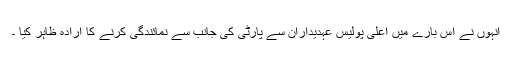
انہوں نے اس بارے میں اعلیٰ پولیس عہدیداران سے پارٹی کی جانب سے نمائندگی کرنے کا ارادہ ظاہر کیا ۔